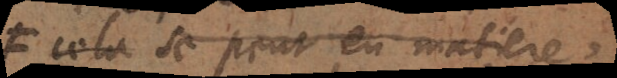
cela se peut en matiere